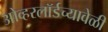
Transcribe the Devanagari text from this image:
ओव्हरलॉर्डच्यावेळी